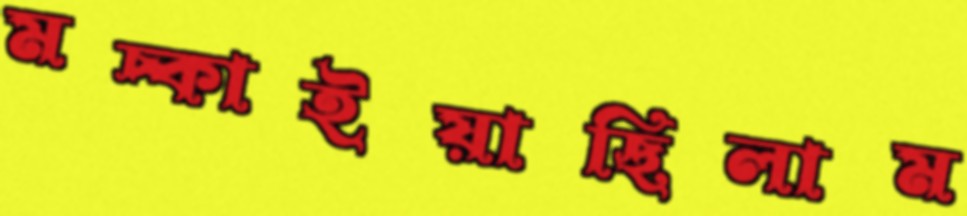
মচ্‌কাইয়াছিলাম